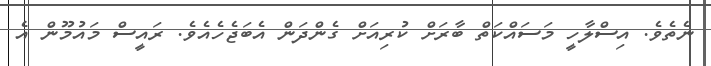
ނެތެވެ. އިސްލާހީ މަސައްކަތް ބާރަށް ކުރިއަށް ގެންދަން އެބަޖެހެއެވެ. ރައީސް މައުމޫން އެ